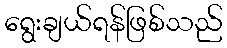
ရွေးချယ်ရန်ဖြစ်သည်